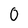
Character: 0